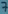
Text: 7